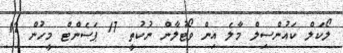
ލޯކަލް ކަައުންސިލް މާލެ އިން ވޯޓުލާން ނުކުތީ 17 ޕަސެންޓް މީހުން 12